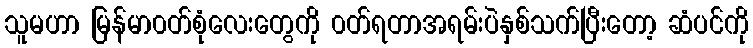
သူမဟာ မြန်မာ၀တ်စုံလေးတွေကို ၀တ်ရတာအရမ်းပဲနှစ်သက်ပြီးတော့ ဆံပင်ကို